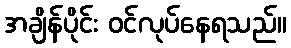
အချိန်ပိုင်း ဝင်လုပ်နေရသည်။